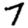
Digit: 7